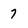
Character: 7